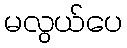
မလွယ်ပေ